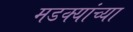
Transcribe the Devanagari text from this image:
मडक्यांच्या